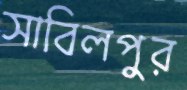
সাবিলপুর